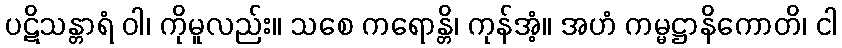
ပဋိသန္တာရံ ဝါ၊ ကိုမူလည်း။ သစေ ကရောန္တိ၊ ကုန်အံ့။ အဟံ ကမ္မဋ္ဌာနိကောတိ၊ ငါ